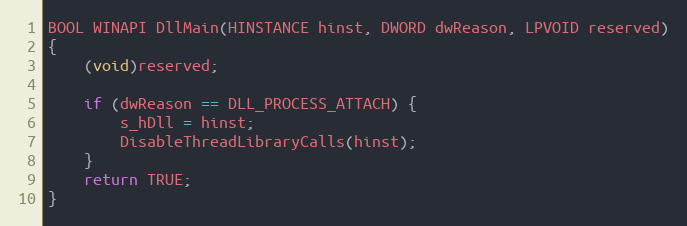
Language: C++
BOOL WINAPI DllMain(HINSTANCE hinst, DWORD dwReason, LPVOID reserved)
{
    (void)reserved;

    if (dwReason == DLL_PROCESS_ATTACH) {
        s_hDll = hinst;
        DisableThreadLibraryCalls(hinst);
    }
    return TRUE;
}